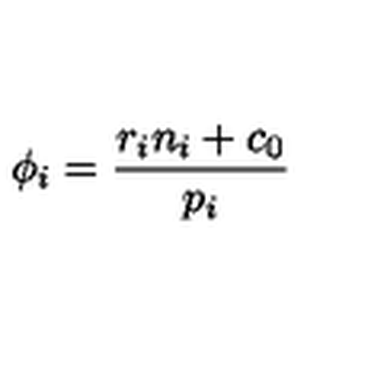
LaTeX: \phi _ { i } = \frac { r _ { i } n _ { i } + c _ { 0 } } { p _ { i } }